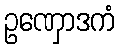
ဥဏှောဒကံ